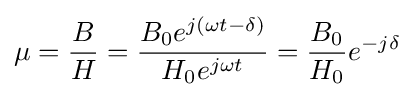
\mu ={\frac {B}{H}}={\frac {B_{0}e^{j\left(\omega t-\delta \right)}}{H_{0}e^{j\omega t}}}={\frac {B_{0}}{H_{0}}}e^{-j\delta }